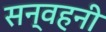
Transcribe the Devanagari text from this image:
सन्वहनी